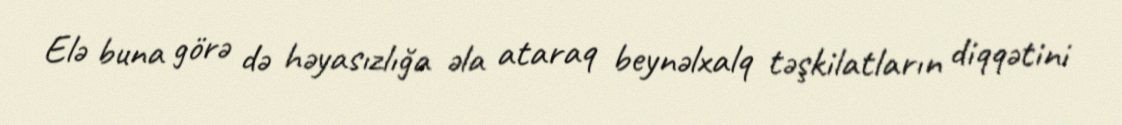
Elə buna görə də həyasızlığa əla ataraq beynəlxalq təşkilatların diqqətini